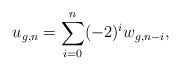
\begin{align*} u_{g,n}=\sum_{i=0}^n(-2)^iw_{g,n-i},\end{align*}